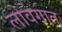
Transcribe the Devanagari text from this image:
लोवेगात